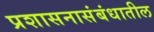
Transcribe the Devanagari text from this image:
प्रशासनासंबंधातील